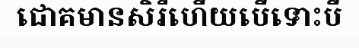
ជោគមានសិរីហើយបើទោះបី